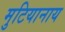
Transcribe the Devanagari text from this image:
मुटियानाय